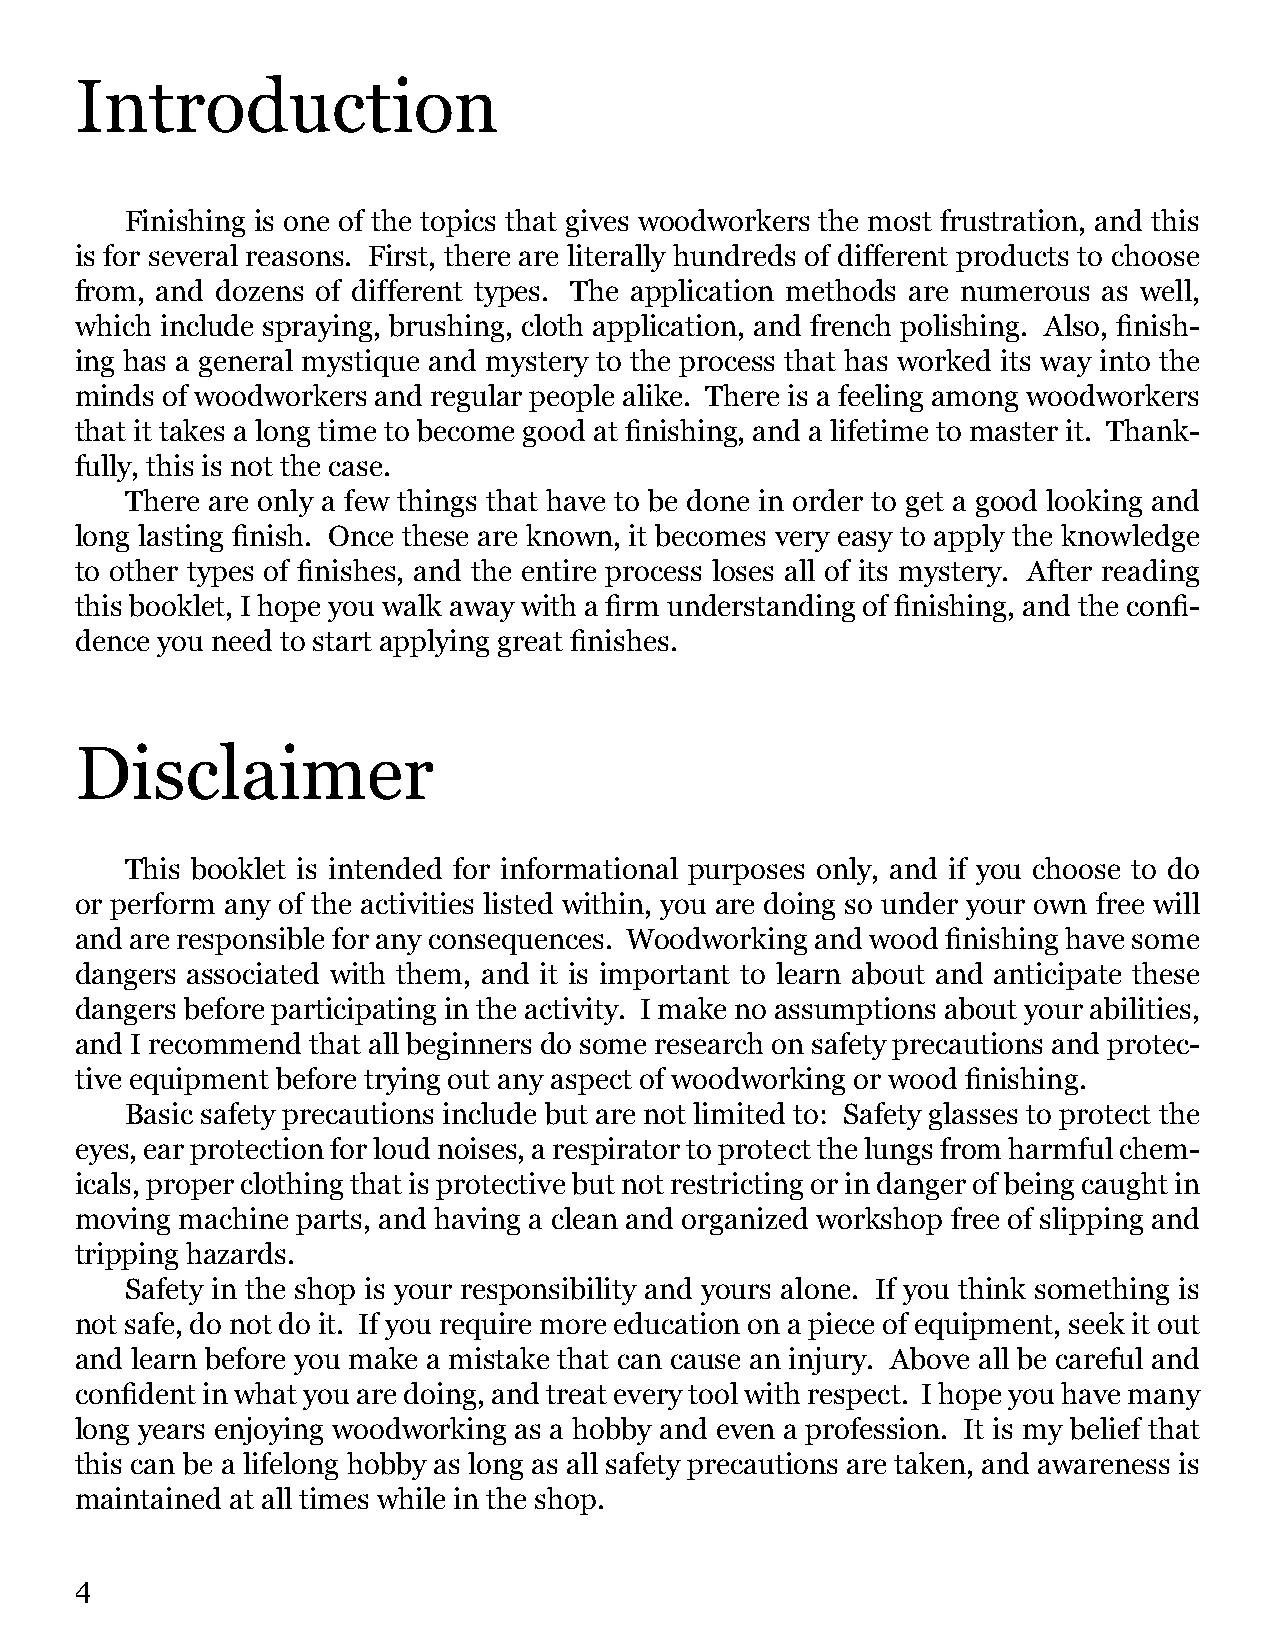
Introduction
 Finishing is one of the topics that gives woodworkers the most frustration, and this
 is for several reasons. First, there are literally hundreds of different products to choose
 from, and dozens of different types. The application methods are numerous as well,
 which include spraying, brushing, cloth application, and french polishing. Also, finish-
 ing has a general mystique and mystery to the process that has worked its way into the
 minds of woodworkers and regular people alike. There is a feeling among woodworkers
 that it takes a long time to become good at finishing, and a lifetime to master it. Thank-
 fully, this is not the case.
 There are only a few things that have to be done in order to get a good looking and
 long lasting finish. Once these are known, it becomes very easy to apply the knowledge
 to other types of finishes, and the entire process loses all of its mystery. After reading
 this booklet, I hope you walk away with a firm understanding of finishing, and the confi-
 dence you need to start applying great finishes.
 Disclaimer
 This booklet is intended for informational purposes only, and if you choose to do
 or perform any of the activities listed within, you are doing so under your own free will
 and are responsible for any consequences. Woodworking and wood finishing have some
 dangers associated with them, and it is important to learn about and anticipate these
 dangers before participating in the activity. I make no assumptions about your abilities,
 and I recommend that all beginners do some research on safety precautions and protec-
 tive equipment before trying out any aspect of woodworking or wood finishing.
 Basic safety precautions include but are not limited to: Safety glasses to protect the
 eyes, ear protection for loud noises, a respirator to protect the lungs from harmful chem-
 icals, proper clothing that is protective but not restricting or in danger of being caught in
 moving machine parts, and having a clean and organized workshop free of slipping and
 tripping hazards.
 Safety in the shop is your responsibility and yours alone. If you think something is
 not safe, do not do it. If you require more education on a piece of equipment, seek it out
 and learn before you make a mistake that can cause an injury. Above all be careful and
 confident in what you are doing, and treat every tool with respect. I hope you have many
 long years enjoying woodworking as a hobby and even a profession. It is my belief that
 this can be a lifelong hobby as long as all safety precautions are taken, and awareness is
 maintained at all times while in the shop.
 4